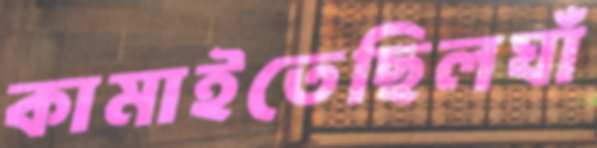
কামাইতেছিলঘাঁ